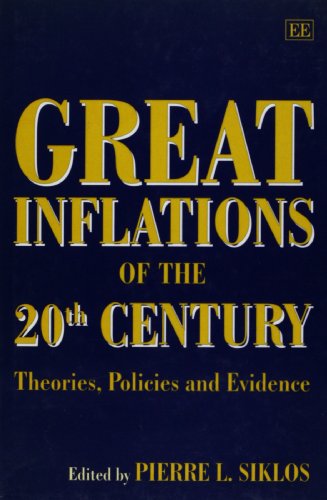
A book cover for Great Inflations of the 20th Century: Theories, Policies and Evidence; Business & Money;